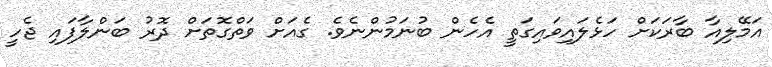
އަމޭލިއާ ބާރަކަށް ހަޅެލައިވައިގަތީ އެހެން ބުނަމުންނެވެ. ގެއަށް ވަތްގޮތަށް ދޮރު ބަންލާފައި ޖެހީ